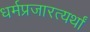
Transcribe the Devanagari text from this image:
धर्मप्रजारत्यर्थां